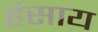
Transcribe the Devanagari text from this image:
हंसाय